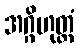
အဂ္ဂိဟုတ္တံ